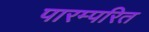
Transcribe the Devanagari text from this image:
पारम्परित